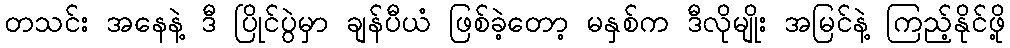
တသင်း အနေနဲ့ ဒီ ပြိုင်ပွဲမှာ ချန်ပီယံ ဖြစ်ခဲ့တော့ မနှစ်က ဒီလိုမျိုး အမြင်နဲ့ ကြည့်နိုင်ဖို့